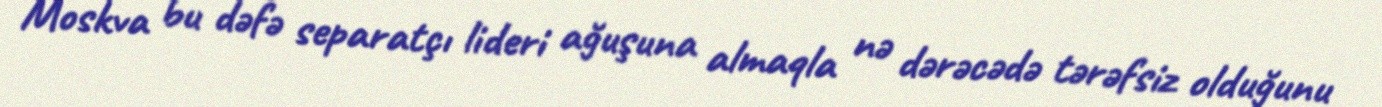
Moskva bu dəfə separatçı lideri ağuşuna almaqla nə dərəcədə tərəfsiz olduğunu